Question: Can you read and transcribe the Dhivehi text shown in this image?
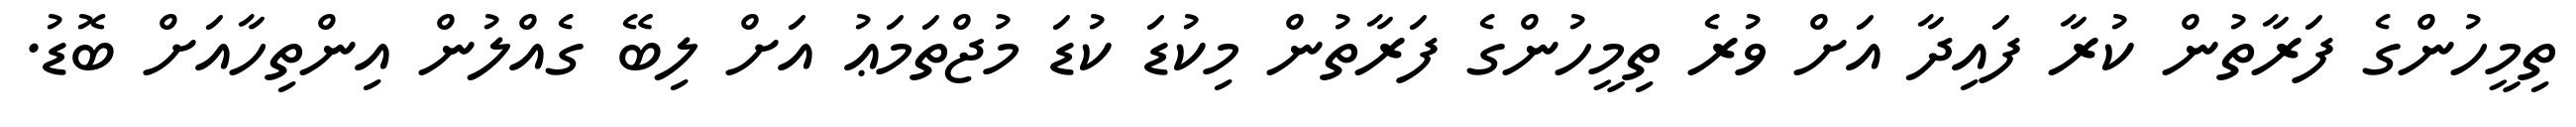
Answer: ތިމީހުންގެ ފަރާތުން ކުރާ ފައިދާ އަށް ވުރެ ތިމީހުންގެ ފަރާތުން މިކުޑަ ކުޑަ މުޖްތަމަޢު އަށް ލިބޭ ގެއްލުން އިންތިހާއަށް ބޮޑު.